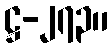
ဋ္ဌ-၂၇၃။